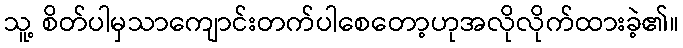
သူ့ စိတ်ပါမှသာကျောင်းတက်ပါစေတော့ဟုအလိုလိုက်ထားခဲ့၏။